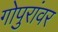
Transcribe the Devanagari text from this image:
गोपुरांवर